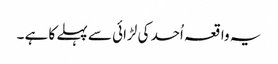
یہ واقعہ اُحد کی لڑائی سے پہلے کا ہے ۔